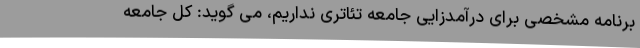
برنامه مشخصی برای درآمدزایی جامعه تئاتری نداریم، می گوید: کل جامعه